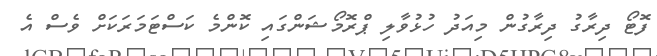
ފޮޓޯ ދިރާގު ދިރާގުން މިއަދު ހުޅުވާލި ޕްރޮމޯޝަންގައި ކޮންމެ ކަސްޓަމަރަކަށް ވެސް އެ